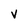
Character: V